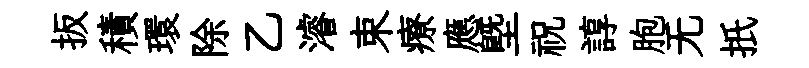
扳積環除乙濬束療應塈祝諄胞无扺